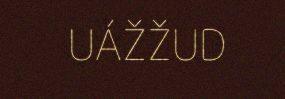
UÁŽŽUD